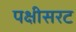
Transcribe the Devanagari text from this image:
पक्षीसरट